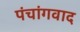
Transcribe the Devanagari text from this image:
पंचांगवाद